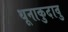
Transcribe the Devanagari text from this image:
थूनाकुदावु